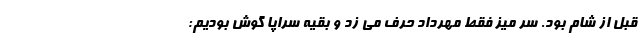
قبل از شام بود. سر میز فقط مهرداد حرف می زد و بقیه سراپا گوش بودیم: